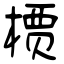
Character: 槚